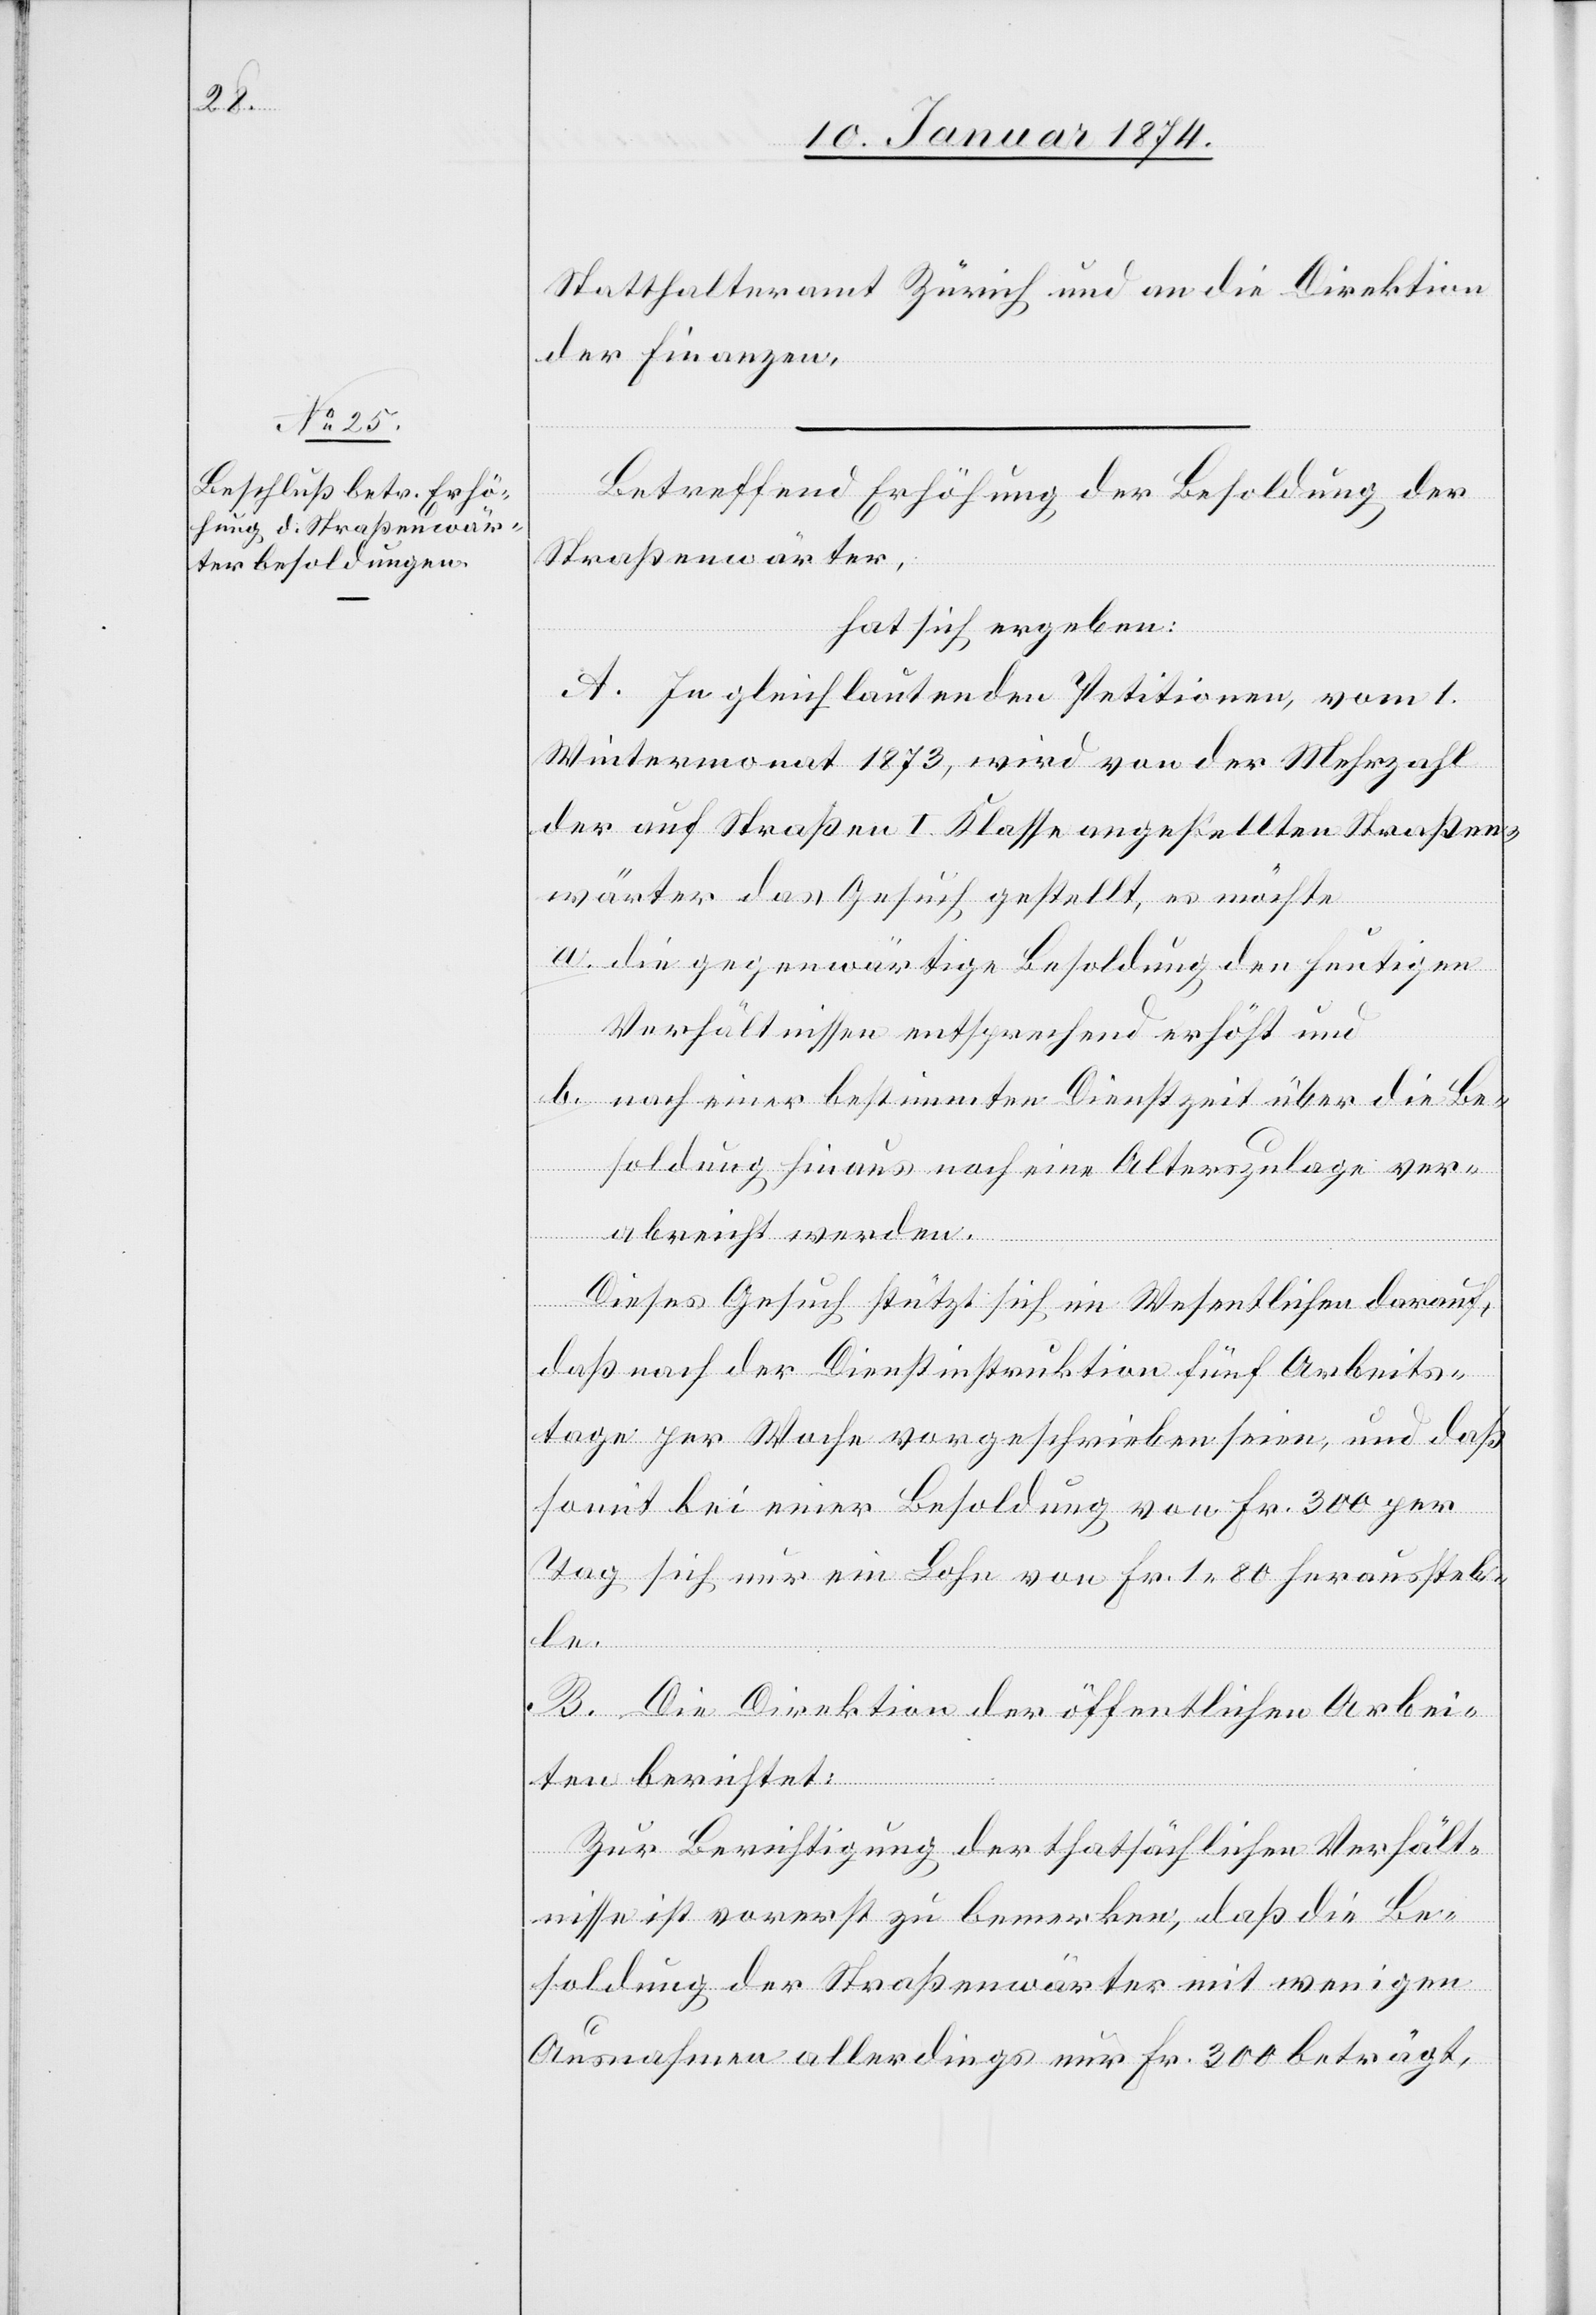
Statthalteramt Zürich und an die Direktion
der Finanzen.
Betreffend Erhöhung der Besoldung der
Straßenwärter,
hat sich ergeben:
A. In gleichlautenden Petitionen, vom 1.
Wintermonat 1873, wird von der Mehrzahl
der auf Straßen I. Klasse angestellten Straßen¬
wärter das Gesuch gestellt, es möchte
a. die gegenwärtige Besoldung den heutigen
Verhältnissen entsprechend erhöht und
b. nach einer bestimmten Dienstzeit über die Be¬
soldung hinaus noch eine Alterszulage ver¬
abreicht werden.
Dieses Gesuch stützt sich im Wesentlichen darauf,
daß nach der Dienstinstruktion fünf Arbeits¬
tage per Woche vorgeschrieben seien, und daß
somit bei einer Besoldung von Fr. 300 per
Tag sich nur ein Lohn von Fr. 1.80 herausstel¬
le.
B. Die Direktion der öffentlichen Arbei¬
ten berichtet:
Zur Berichtigung der thatsächlichen Verhält¬
nisse ist vorerst zu bemerken, daß die Be¬
soldung der Straßenwärter mit wenigen
Ausnahmen allerdings nur Fr. 300 beträgt,